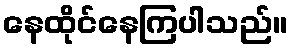
နေထိုင်နေကြပါသည်။